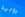
روبية